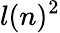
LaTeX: l(n)^{2}